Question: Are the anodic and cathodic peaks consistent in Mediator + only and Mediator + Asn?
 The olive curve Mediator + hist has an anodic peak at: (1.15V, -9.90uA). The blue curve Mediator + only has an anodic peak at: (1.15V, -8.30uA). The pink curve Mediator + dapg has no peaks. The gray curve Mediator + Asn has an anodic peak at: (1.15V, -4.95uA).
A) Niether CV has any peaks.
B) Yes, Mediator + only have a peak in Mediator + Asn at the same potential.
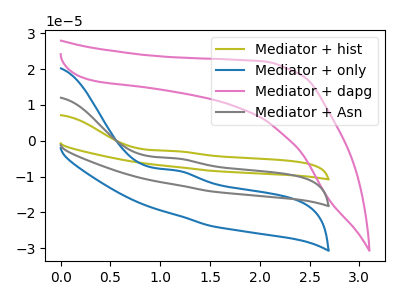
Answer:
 <answer>B) Yes, "Mediator + only" have a peak in "Mediator + Asn" at the same potential.</answer>
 <eval>B</eval>